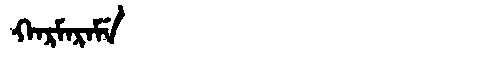
Manchu: ᡴᠠᡵᠮᠠᡵᠠᠮᡝ
Romanization: KARMARAME